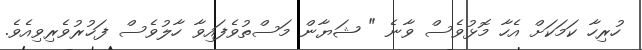
ހުރިހާ ކަމަކަށް އެހާ މޮޅުވެސް ވާނެ " ޝަޔާން މަސްތުވެފައިވާ ހާލުވެސް ފަޚުރުވެރިވިއެވެ.